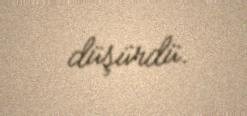
düşürdü.